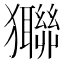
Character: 㺦